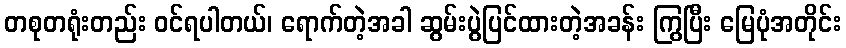
တစုတရုံးတည်း ဝင်ရပါတယ်၊ ရောက်တဲ့အခါ ဆွမ်းပွဲပြင်ထားတဲ့အခန်း ကြွပြီး မြေပုံအတိုင်း